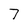
Character: 7